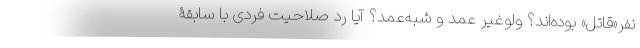
نفر«قاتل» بوده‌اند؟ ولو‌غیر عمد و شبه‌عمد؟ آیا رد صلاحیت فردی با سابقۀ